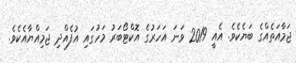
ޖަމާއަތެއްގެ ބަޔެކެވެ. އެއީ 2019 ވަނަ އަހަރުގެ އޮކްޓޯބަރު މަހުގައި އުފެއްދި ޖަމިއްޔާއެކެވެ.